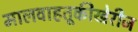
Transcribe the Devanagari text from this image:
मालवाहतूकीखेरीज